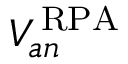
V _ { a n } ^ { \, \mathrm { R P A } }